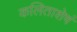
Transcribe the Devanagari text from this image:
कलिताशेषं